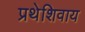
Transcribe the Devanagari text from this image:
प्रथेशिवाय